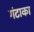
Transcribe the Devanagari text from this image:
गंटाका